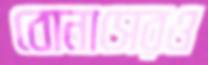
বোনাসেরও